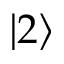
\left| 2 \right>